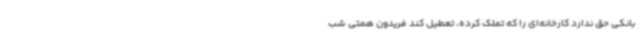
بانکی حق ندارد کارخانه‌ای را که تملک کرده، تعطیل کند فریدون همتی شب